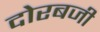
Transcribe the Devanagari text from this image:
दोरबजी